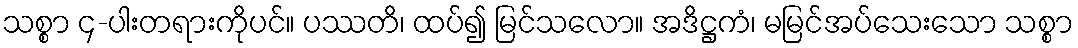
သစ္စာ ၄-ပါးတရားကိုပင်။ ပဿတိ၊ ထပ်၍ မြင်သလော။ အဒိဋ္ဌကံ၊ မမြင်အပ်သေးသော သစ္စာ